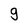
Character: g